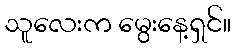
သူလေးက မွေးနေ့ရှင်။